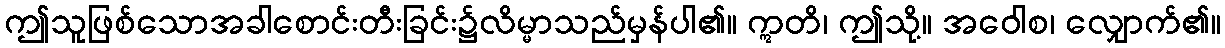
ဤသူဖြစ်သောအခါစောင်းတီးခြင်း၌လိမ္မာသည်မှန်ပါ၏။ ဣတိ၊ ဤသို့။ အဝေါစ၊ လျှောက်၏။